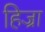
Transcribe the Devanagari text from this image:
हिज्रा